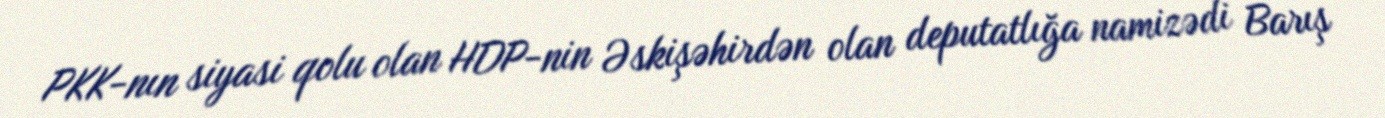
PKK-nın siyasi qolu olan HDP-nin Əskişəhirdən olan deputatlığa namizədi Barış